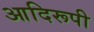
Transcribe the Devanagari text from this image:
आदिरूपी